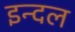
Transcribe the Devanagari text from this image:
इन्दल